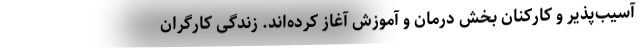
آسیب‌پذیر و کارکنان بخش درمان و آموزش آغاز کرده‌اند. زندگی کارگران